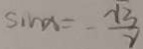
\sin x = - \frac { \sqrt { 3 } } { 2 }